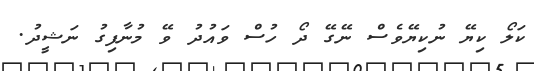
ކަލޯ ކިޔޭ ނުކިޔޭވެސް ނޭގޭ ދޯ ހުސް ވައުދު ވޭ މުނާފިގު ނަޝީދު.